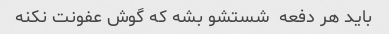
باید هر دفعه  شستشو بشه که گوش عفونت نکنه